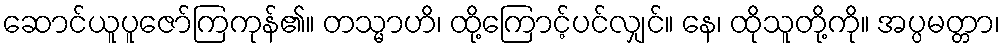
ဆောင်ယူပူဇော်ကြကုန်၏။ တသ္မာဟိ၊ ထို့ကြောင့်ပင်လျှင်။ နေ၊ ထိုသူတို့ကို။ အပ္ပမတ္တာ၊